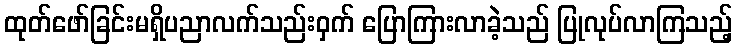
ထုတ်ဖော်ခြင်းမရှိပညာလက်သည်းဝှက် ပြောကြားလာခဲ့သည် ပြုလုပ်လာကြသည့်